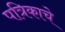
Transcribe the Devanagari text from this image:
पत्रिकाचे